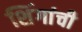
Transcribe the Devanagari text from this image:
शिंगांची